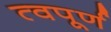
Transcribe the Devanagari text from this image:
त्वपूर्ण